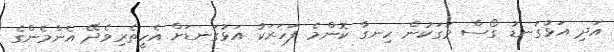
އަދި އަޅުގަނޑު ގޯސް މަގަކުން ހިނގާ ކޮންމެ ފަހަރަކު އަޅުގަނޑަށް އެހީތެރިވެދޭ އެންމެންގެ